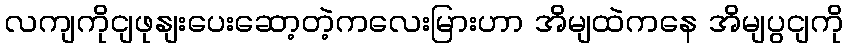
လကျကိုငျဖုနျးပေးဆော့တဲ့ကလေးမြားဟာ အိမျထဲကနေ အိမျပွငျကို